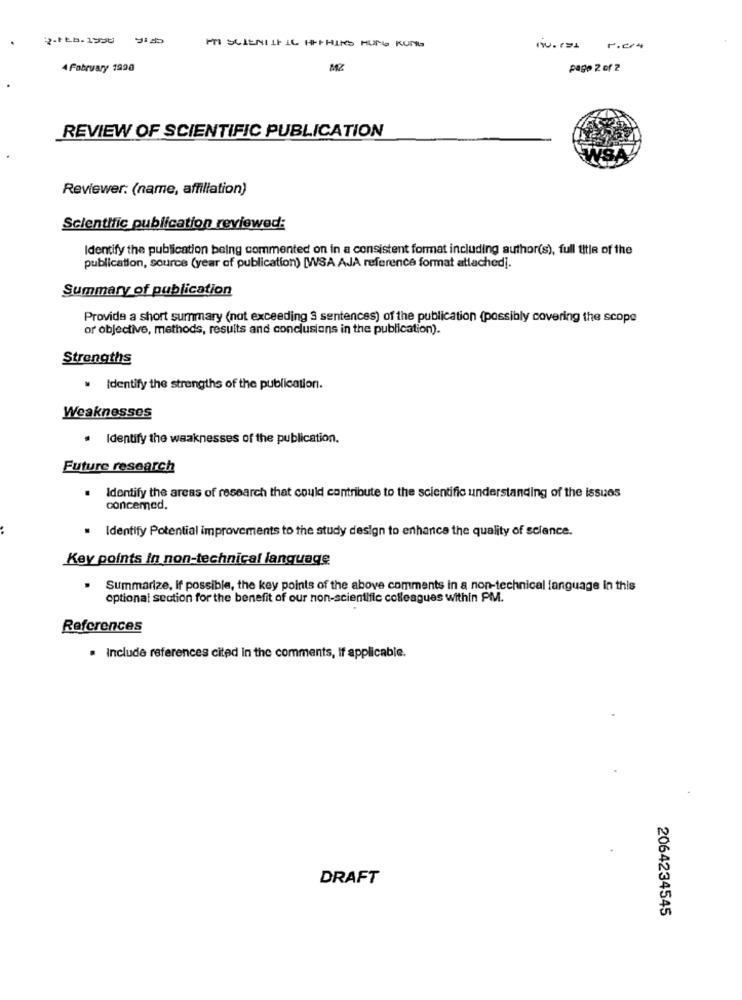
PTI SCIENTIFIC HIPHIRS HUNG KUNS
i.ral r.c/4
A Fobruary 1990
pago 2 of 2
REVIEW OF SCIENTIFIC PUBLICATION
Reviewer: (name, affiliation)
Scientific publication reviewed:
Identify the publication being commented on in a consistent format including author(s), full title of the
publication, source (year of publication) [WSA AJA reference format attached].
Summary of publication
Provide a short summary (not exceeding 3 sentences) of the publication (possibly covering the scope
or objective, methods, results and conclusions in the publication).
Strengths
. Identify the strengths of the publication.
Weaknesses
. Identify the weaknesses of the publication.
Future research
Identify the areas of research that could contribute to the scientific understanding of the issues
concemed.
Identify Potential improvements to the study design to enhance the quality of science.
Key points In non-technical language
. Summarize, if possible, the key points of the above comments in a non-technical language in this
optional section for the benefit of our non-scientific colleagues within PM.
References
. Include references cited In the comments, If applicable.
DRAFT
2064234545